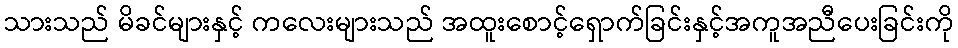
သားသည် မိခင်များနှင့် ကလေးများသည် အထူးစောင့်ရှောက်ခြင်းနှင့်အကူအညီပေးခြင်းကို